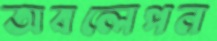
অবলেপন